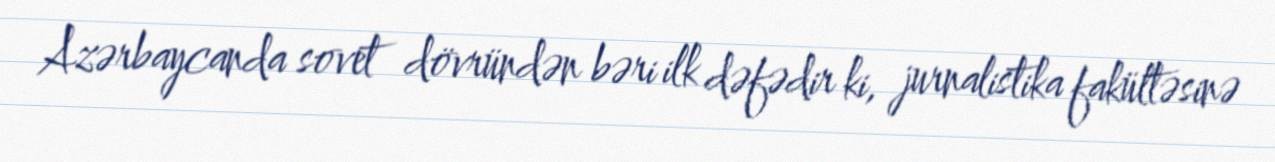
Azərbaycanda sovet dövründən bəri ilk dəfədir ki, jurnalistika fakültəsinə